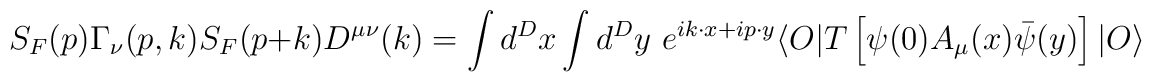
S_F(p)\Gamma_\nu (p, k) S_F(p+k) D^{\mu \nu}(k)=\int d^Dx \int d^Dy \,\,e^{i k\cdot x+i p\cdot y}\langle O\vert T\left[\psi(0) A_\mu(x) \bar \psi (y)\right]\vert O\rangle